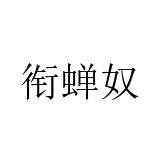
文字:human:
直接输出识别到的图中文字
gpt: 衔蝉奴